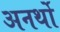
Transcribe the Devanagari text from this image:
अनर्थो